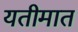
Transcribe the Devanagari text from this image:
यतीमात